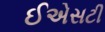
ઈએસટી